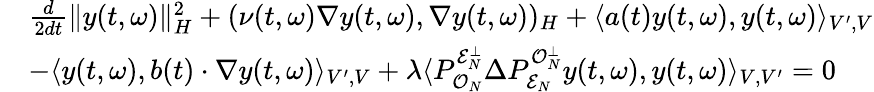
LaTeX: \begin{array}{rl}&{\frac{d}{2dt}\| y(t,\omega)\| _{H}^{2}+(\nu(t,\omega)\nabla y(t,\omega),\nabla y(t,\omega))_{H}+\langle a(t)y(t,\omega),y(t,\omega)\rangle_{V^{\prime},V}}\\ &{-\langle y(t,\omega),b(t)\cdot\nabla y(t,\omega)\rangle_{V^{\prime},V}+\lambda\langle P_{\mathcal{O}_{N}}^{\mathcal{E}_{N}^{\perp}}\Delta P_{\mathcal{E}_{N}}^{\mathcal{O}_{N}^{\perp}}y(t,\omega),y(t,\omega)\rangle_{V,V^{\prime}}=0}\end{array}